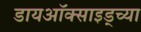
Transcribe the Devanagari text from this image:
डायऑक्साइड्च्या